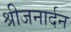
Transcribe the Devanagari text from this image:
श्रीजनार्दन